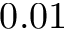
0 . 0 1